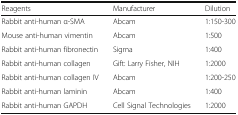
| Reagents | Manufacturer | Dilution |
 | --- | --- | --- |
 | Rabbit anti-human α-SMA | Abcam | 1:150-300 |
 | Mouse anti-human vimentin | Abcam | 1:500 |
 | Rabbit anti-human fibronectin | Sigma | 1:400 |
 | Rabbit anti-human collagen | Gift: Larry Fisher, NIH | 1:2000 |
 | Rabbit anti-human collagen IV | Abcam | 1:200-250 |
 | Rabbit anti-human laminin | Abcam | 1:400 |
 | Rabbit anti-human GAPDH | Cell Signal Technologies | 1:2000 |